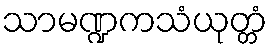
သာမဏ္ဍကသံယုတ္တံ